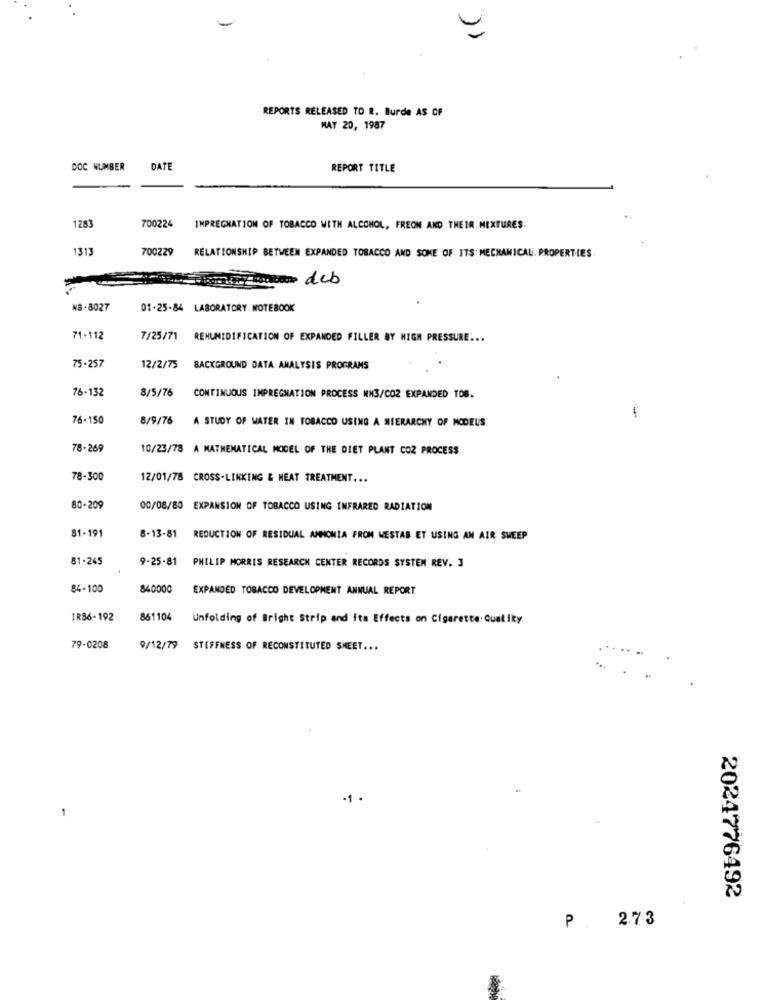
REPORTS RELEASED TO R. Burde AS OF
MAY 20, 1987
DOC NUMBER
DATE
REPORT TITLE
1283
700224
IMPREGNATION OF TOBACCO WITH ALCOHOL, FREON AND THEIR. MIXTURES:
1313
700229
RELATIONSHIP BETWEEN EXPANDED TOBACCO AND SOME OF ITS: MECHANICAL. PROPERTIES
deb
NB -8027
01-25-84 LABORATORY NOTEBOOK
71-112
7/25/71
REHUMIDIFICATION OF EXPANDED FILLER BY HIGH PRESSURE ...
75-257
12/2/75 BACKGROUND DATA ANALYSIS PROGRAMS
76-132
8/5/76
CONTINUOUS IMPREGNATION PROCESS NN3/CO2 EXPANDED TOB.
76.150
8/9/76
A STUDY OF WATER IN TOBACCO USING A HIERARCHY OF MODEUS:
78-269
10/23/78 A MATHEMATICAL MODEL OF THE DIET PLANT CO2 PROCESS
78-300
12/01/78 CROSS-LINKING & HEAT TREATMENT ...
80-209
00/08/80 EXPANSION OF TOBACCO USING INFRARED RADIATION
81-191
8-13-81
REDUCTION OF RESIDUAL AMMONIA FROM WESTAB ET USING AN AIR SWEEP
81-245
9-25-81
PHILIP MORRIS RESEARCH CENTER RECORDS SYSTEM REV. 3
84-100
840000
EXPANDED TOBACCO DEVELOPMENT ANNUAL REPORT
IR86-192
861104
Unfolding of Bright Strip and its Effects on Cigarette: Qualikty
79-0208
9/12/79 STIFFNESS OF RECONSTITUTED SHEET ...
-1
2024776492
2.73
P.